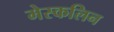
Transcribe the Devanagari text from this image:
मेस्कलिन